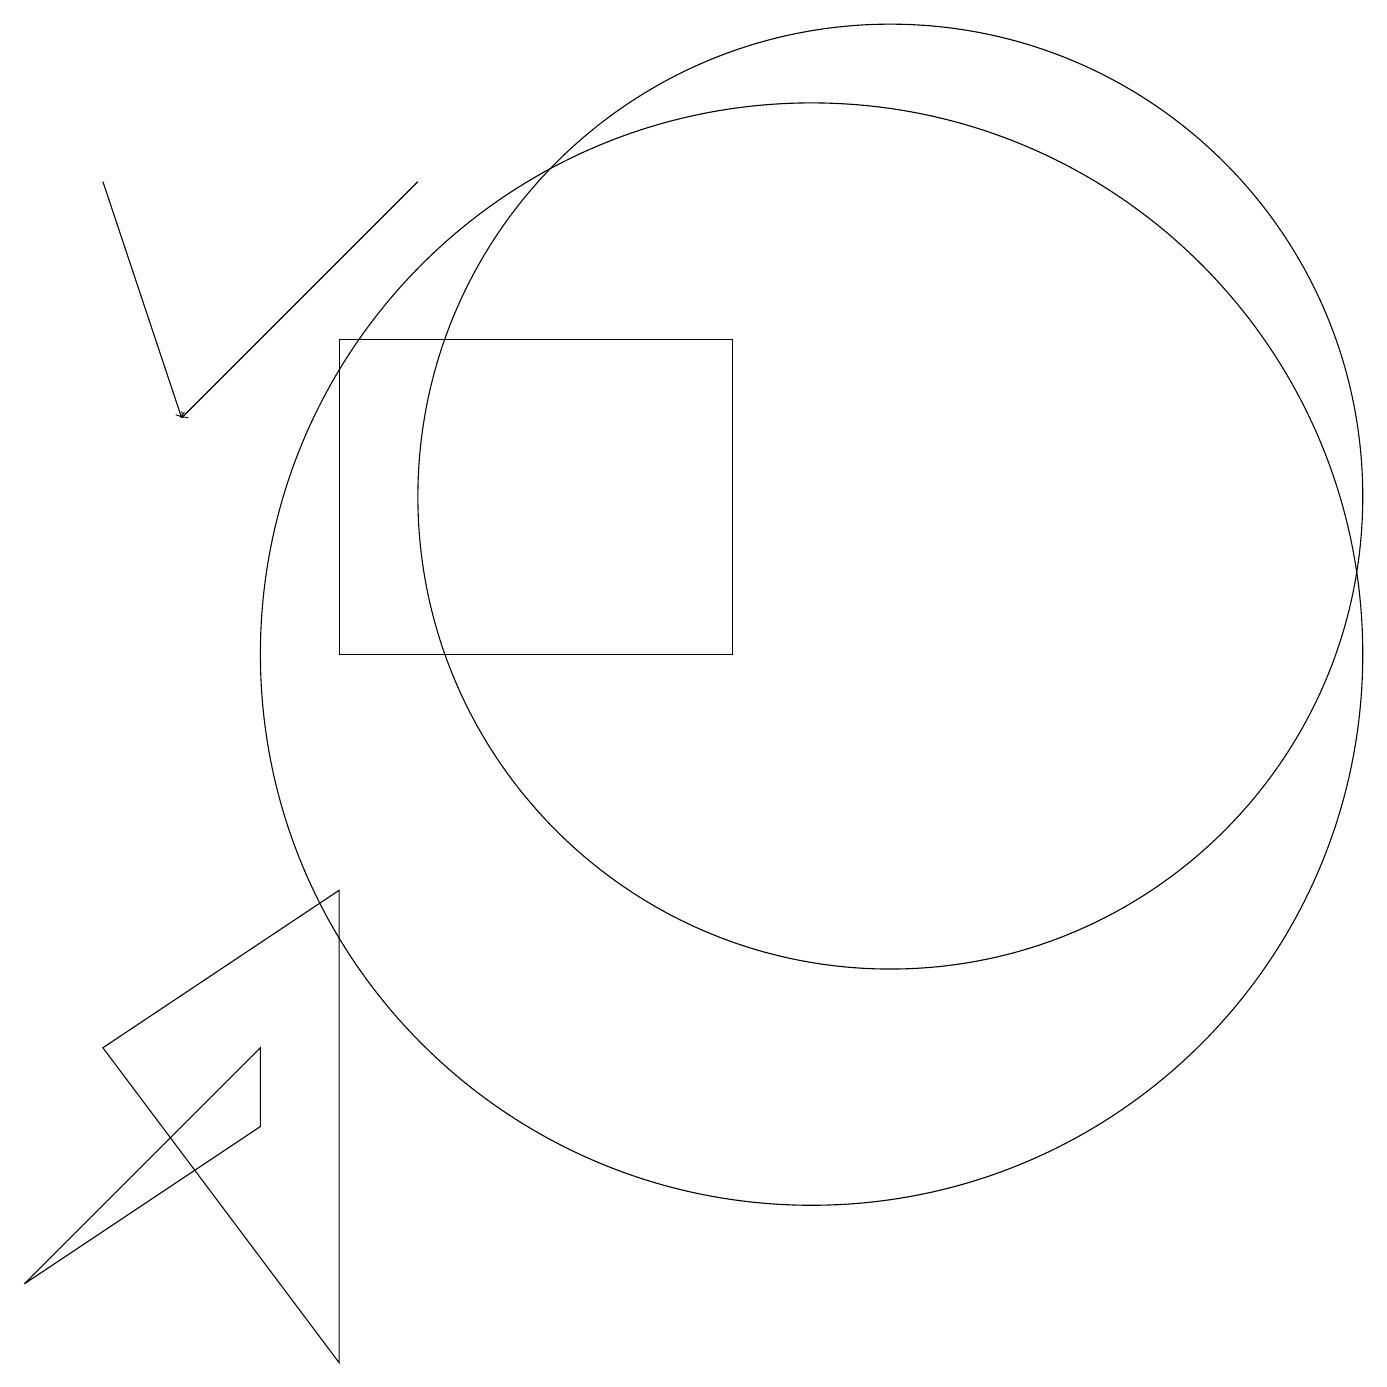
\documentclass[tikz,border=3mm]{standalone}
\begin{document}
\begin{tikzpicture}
\draw (11,12) circle (6);
\draw (4,14) rectangle (9,10);
\draw[->] (5,16) -- (2,13);
\draw (4,1) -- (4,7) -- (1,5) -- cycle;
\draw[->] (1,16) -- (2,13);
\draw (3,5) -- (3,4) -- (0,2) -- cycle;
\draw (10,10) circle (7);
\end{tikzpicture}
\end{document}